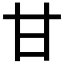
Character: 甘